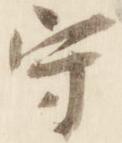
守